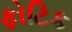
ફોટિક